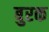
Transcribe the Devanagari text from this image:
बुरक